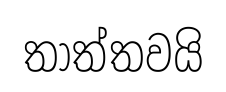
තාත්තවයි